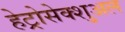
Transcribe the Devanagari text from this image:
हेट्रोसेक्शुअल